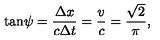
\tan \! \psi = \frac { \Delta x } { c \Delta t } = \frac { v } { c } = \frac { \sqrt 2 } { \pi } ,